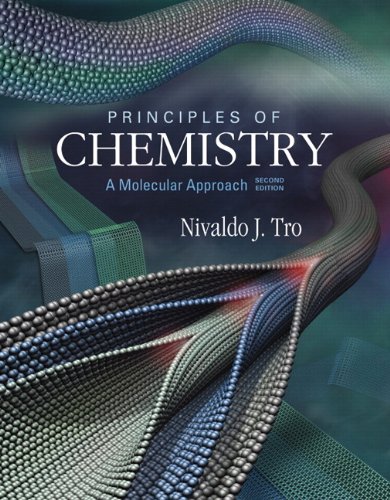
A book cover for Principles of Chemistry: A Molecular Approach, 2nd Edition; Nivaldo J. Tro; Science & Math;